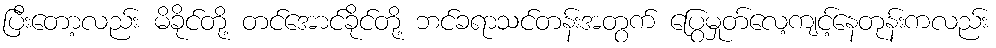
ပြီးတော့လည်း မိခိုင်တို့ တင်အောင်ခိုင်တို့ ဘင်ခရာသင်တန်းအတွက် ပြွေမှုတ်လေ့ကျင့်နေတုန်းကလည်း